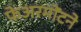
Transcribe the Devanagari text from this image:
फेअरमोंटने